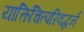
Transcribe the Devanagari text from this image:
यात्किंचित्परिवद्धर्न